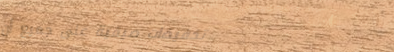
تخفيضات صيفية على جميع أن